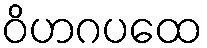
ဝိဟဂပထေ